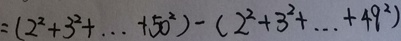
= ( 2 ^ { 2 } + 3 ^ { 2 } + \cdots + 5 0 ^ { 2 } ) - ( 2 ^ { 2 } + 3 ^ { 2 } + \cdots + 4 9 ^ { 2 } )